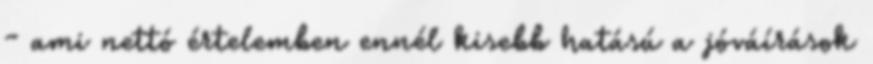
- ami nettó értelemben ennél kisebb hatású a jóváírások